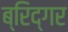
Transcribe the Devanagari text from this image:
ब्रिद्गर